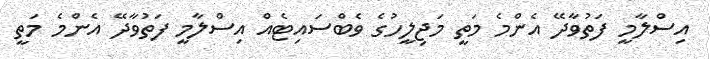
އިސްލާމީ ފަތުވާދޭ އެންމެ މަތީ މަޖިލީހުގެ ވެބްސައިޓެއް އިސްލާމީ ފަތުވާދޭ އެންމެ މަތީ